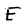
Character: E